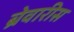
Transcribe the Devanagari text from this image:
ब्रेवारीस